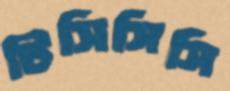
টিসিসিসি